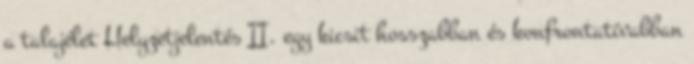
a talajélet Helyzetjelentés II. egy kicsit hosszabban és konfrontatívabban